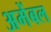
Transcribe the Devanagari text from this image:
अमेंबल